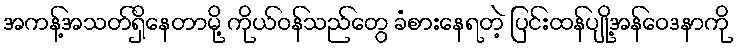
အကန့်အသတ်ရှိနေတာမို့ ကိုယ်ဝန်သည်တွေ ခံစားနေရတဲ့ ပြင်းထန်ပျို့အန်ဝေဒနာကို